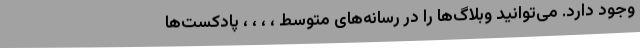
وجود دارد. می‌توانید وبلاگ‌ها را در رسانه‌های متوسط ، ، ، ، پادکست‌ها